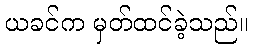
ယခင်က မှတ်ထင်ခဲ့သည်။